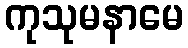
ကုသုမနာမေ